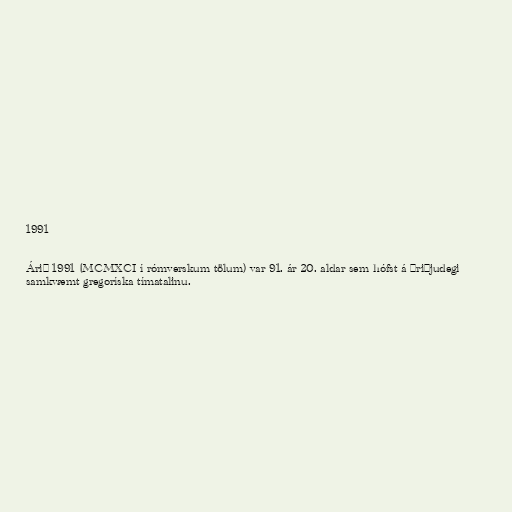
1991

Árið 1991 (MCMXCI í rómverskum tölum) var 91. ár 20. aldar sem hófst á þriðjudegi
samkvæmt gregoríska tímatalinu.